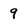
Character: 9